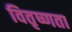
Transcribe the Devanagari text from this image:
वितृष्णता